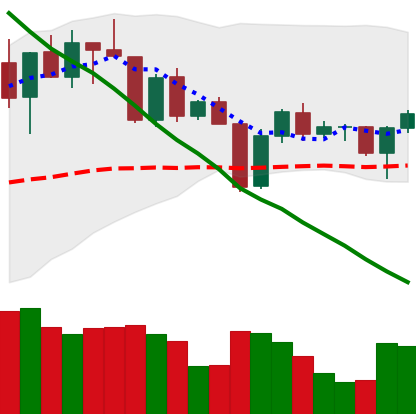
Ticker: BNB-USD
Chart end date: 2022-04-19
Forward return: -5.512%
Label: down_5_7